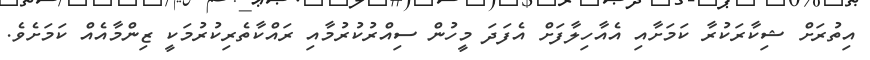
އިތުރަށް ޝިކާރަކުރާ ކަމަށާއި އެއާހިލާފަށް އެފަދަ މީހުން ސިއްރުކުރުމާއި ރައްކާތެރިކުރުމަކީ ޒިންމާއެއް ކަމަށެވެ.